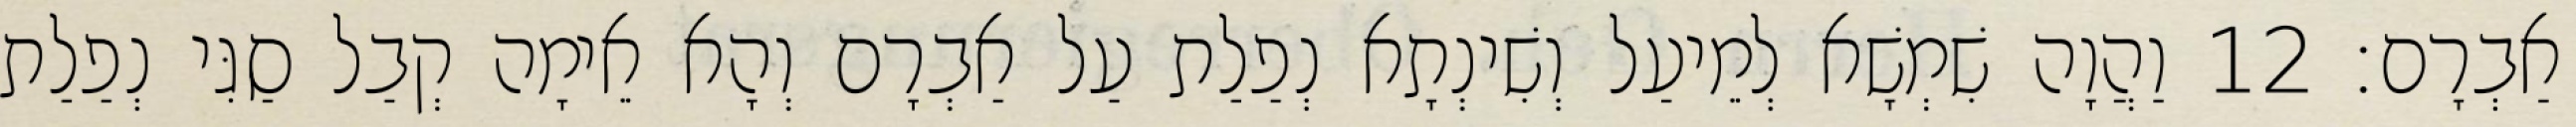
אַבְרָם׃ 12 וַהֲוָה שִׁמְשָׁא לְמֵיעַל וְשִׁינְתָא נְפַלַת עַל אַבְרָם וְהָא אֵימָה קְבַל סַגִּי נְפַלַת